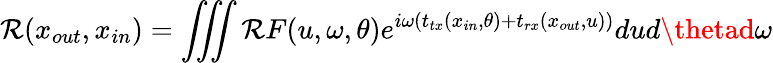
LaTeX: \mathcal{R}(x_{out},x_{in})=\iiint{\mathcal{R}F(u,\omega,\theta)e^{i\omega\left(t_{tx}(x_{in},\theta)+t_{rx}(x_{out},u)\right)}}dud\thetad\omega